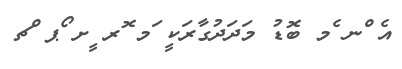
އެ ްނ ެމ ބޮޑު މަދަދުގާރަކީ ަމ ޮރ ީށ ޯޕ ްޗ